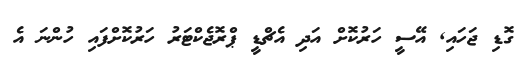
ގޮޑި ޖަހައި